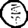
Digit: 0